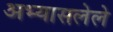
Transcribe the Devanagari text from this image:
अभ्यासलेले